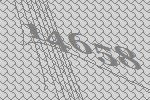
14658